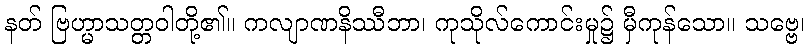
နတ် ဗြဟ္မာသတ္တဝါတို့၏။ ကလျာဏနိဿီဘာ၊ ကုသိုလ်ကောင်းမှု၌ မှီကုန်သော။ သဗ္ဗေ၊